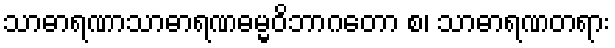
သာဓာရဏာသာဓာရဏဓမ္မဝိဘာဂတော စ၊ သာဓာရဏတရား